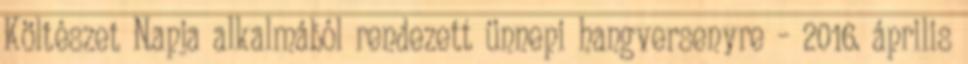
Költészet Napja alkalmából rendezett ünnepi hangversenyre – 2016. április